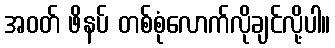
အဝတ် ဖိနပ် တစ်စုံလောက်လိုချင်လို့ပါ။